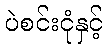
ပဲစင်းငုံနှင့်